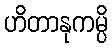
ဟိတာနုကမ္ပိ